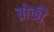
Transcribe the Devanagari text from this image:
ब्रोकी